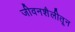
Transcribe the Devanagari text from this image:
जीवनशैलीतून